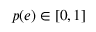
p ( e ) \in [ 0 , 1 ]